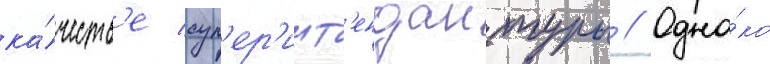
ка́честв'е суп'ер'инт'ендантуры // Одна́ко